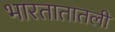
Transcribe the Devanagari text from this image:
भारतातातली